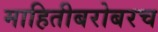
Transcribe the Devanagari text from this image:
माहितीबरोबरच